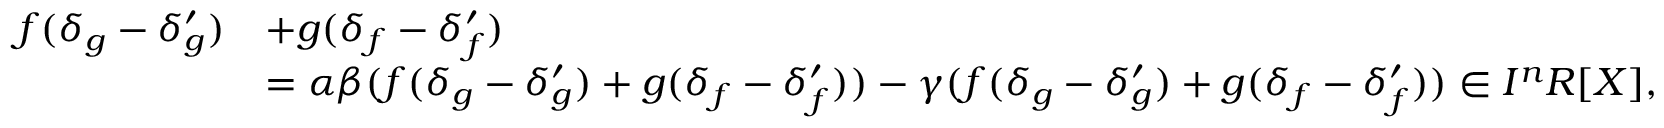
{ \begin{array} { r l } { f ( \delta _ { g } - \delta _ { g } ^ { \prime } ) } & { + g ( \delta _ { f } - \delta _ { f } ^ { \prime } ) } \\ & { = \alpha \beta ( f ( \delta _ { g } - \delta _ { g } ^ { \prime } ) + g ( \delta _ { f } - \delta _ { f } ^ { \prime } ) ) - \gamma ( f ( \delta _ { g } - \delta _ { g } ^ { \prime } ) + g ( \delta _ { f } - \delta _ { f } ^ { \prime } ) ) \in I ^ { n } R [ X ] , } \end{array} }